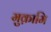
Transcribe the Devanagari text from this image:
मुक़ामि